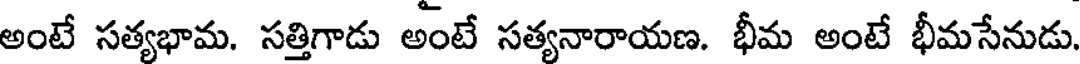
అంటే సత్యభామ. సత్తిగాడు అంటే సత్యనారాయణ. భీమ అంటే భీమసేనుడు